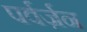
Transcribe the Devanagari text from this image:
पर्वर्ज़न